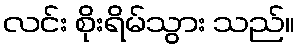
လင်း စိုးရိမ်သွား သည်။